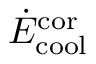
\dot { E } _ { \mathrm { c o o l } } ^ { \mathrm { c o r } }